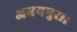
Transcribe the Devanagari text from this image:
अभयपुरा।